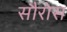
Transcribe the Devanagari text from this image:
सौरोस